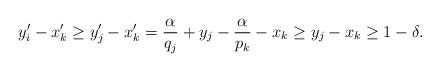
LaTeX: \begin{align*}y'_{i} - x'_k \geq y'_{j} - x'_k = \frac{\alpha }{ q_j } + y_{j}- \frac{\alpha }{ p_k }- x_{k} \geq y_{j}- x_{k}\geq 1-\delta.\end{align*}